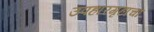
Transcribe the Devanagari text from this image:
उपहारगृहाचा